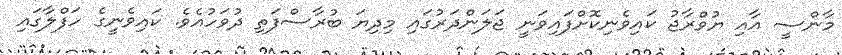
މާންސީ އާއި ޔުވްރާޖު ކައިވެނިކޮށްފައިވަނީ ޖަލަންދަރުގައި މިދިޔަ ބުރާސްފަތި ދުވަހުއެވެ. ކައިވެނީގެ ހަފްލާގައި